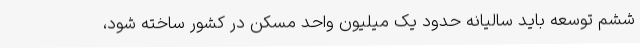
ششم توسعه باید سالیانه حدود یک میلیون واحد مسکن در کشور ساخته شود،